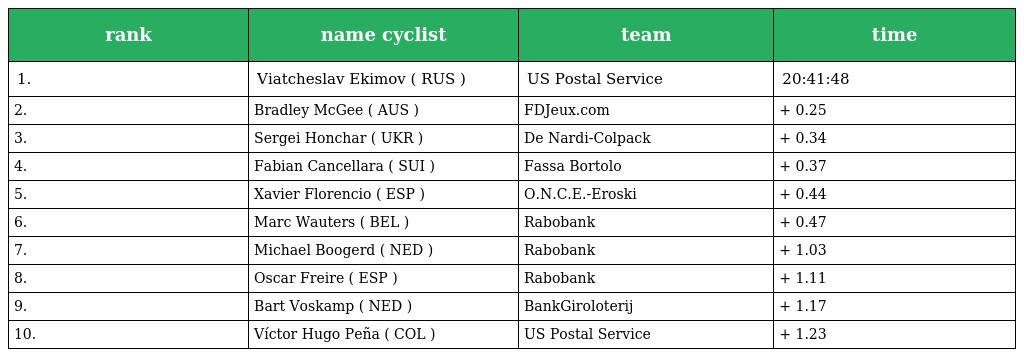
| rank | name cyclist | team | time |
 | --- | --- | --- | --- |
 | 1. | Viatcheslav Ekimov ( RUS ) | US Postal Service | 20:41:48 |
 | 2. | Bradley McGee ( AUS ) | FDJeux.com | + 0.25 |
 | 3. | Sergei Honchar ( UKR ) | De Nardi-Colpack | + 0.34 |
 | 4. | Fabian Cancellara ( SUI ) | Fassa Bortolo | + 0.37 |
 | 5. | Xavier Florencio ( ESP ) | O.N.C.E.-Eroski | + 0.44 |
 | 6. | Marc Wauters ( BEL ) | Rabobank | + 0.47 |
 | 7. | Michael Boogerd ( NED ) | Rabobank | + 1.03 |
 | 8. | Oscar Freire ( ESP ) | Rabobank | + 1.11 |
 | 9. | Bart Voskamp ( NED ) | BankGiroloterij | + 1.17 |
 | 10. | Víctor Hugo Peña ( COL ) | US Postal Service | + 1.23 |